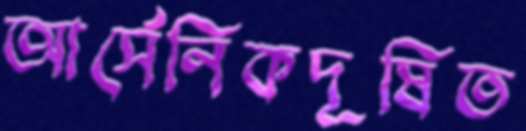
আর্সেনিকদূষিত